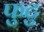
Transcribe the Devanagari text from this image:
फुटु